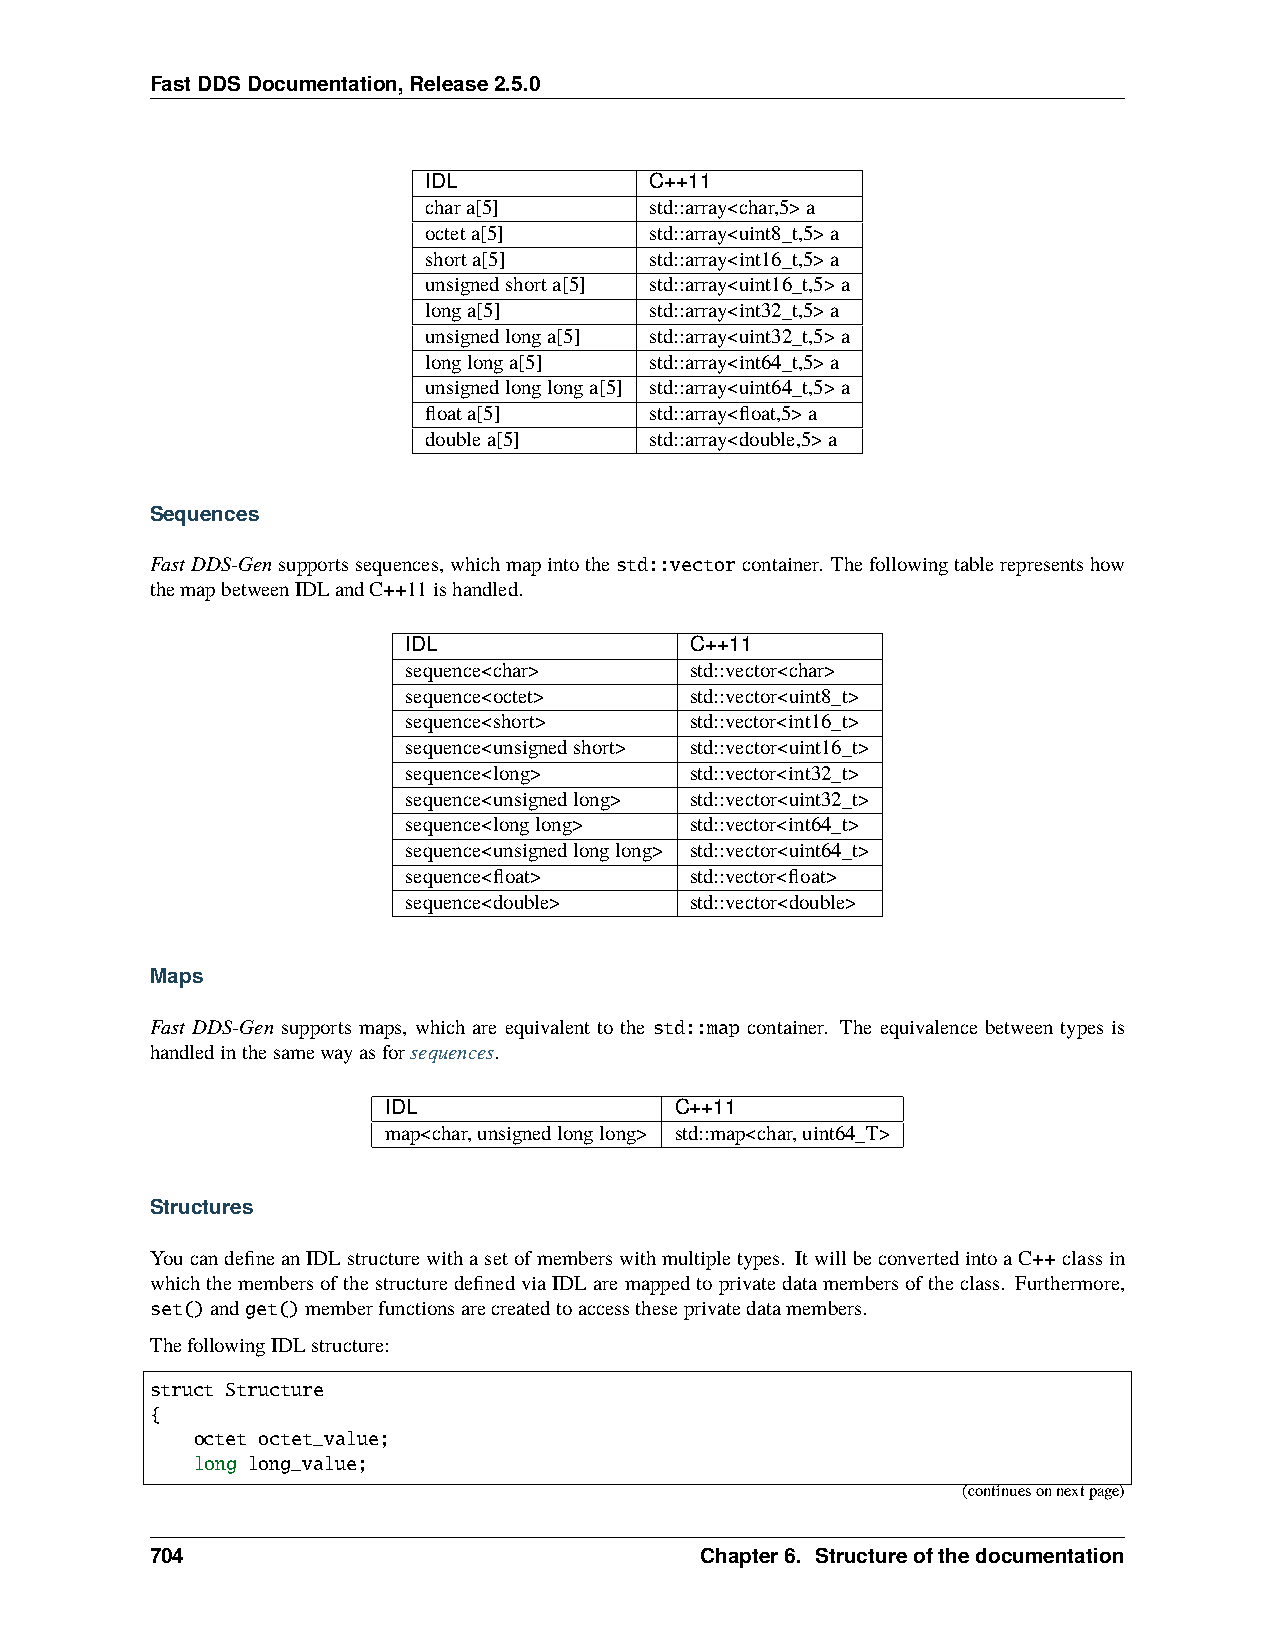
FastDDSDocumentation,Release2.5.0
 IDL            C++11
 chara[5]       std::array<char,5>a
 octeta[5]      std::array<uint8_t,5>a
 shorta[5]      std::array<int16_t,5>a
 unsignedshorta[5] std::array<uint16_t,5>a
 longa[5]       std::array<int32_t,5>a
 unsignedlonga[5] std::array<uint32_t,5>a
 longlonga[5]   std::array<int64_t,5>a
 unsignedlonglonga[5] std::array<uint64_t,5>a
 floata[5]      std::array<float,5>a
 doublea[5]     std::array<double,5>a
 Sequences
 FastDDS-Gensupportssequences,whichmapintothestd::vectorcontainer. Thefollowingtablerepresentshow
 themapbetweenIDLandC++11ishandled.
 IDL                C++11
 sequence<char>     std::vector<char>
 sequence<octet>    std::vector<uint8_t>
 sequence<short>    std::vector<int16_t>
 sequence<unsignedshort> std::vector<uint16_t>
 sequence<long>     std::vector<int32_t>
 sequence<unsignedlong> std::vector<uint32_t>
 sequence<longlong> std::vector<int64_t>
 sequence<unsignedlonglong> std::vector<uint64_t>
 sequence<float>    std::vector<float>
 sequence<double>   std::vector<double>
 Maps
 Fast DDS-Gen supports maps, which are equivalent to the std::map container. The equivalence between types is
 handledinthesamewayasforsequences.
 IDL                 C++11
 map<char,unsignedlonglong> std::map<char,uint64_T>
 Structures
 YoucandefineanIDLstructurewithasetofmemberswithmultipletypes. ItwillbeconvertedintoaC++classin
 whichthemembersofthestructuredefinedviaIDLaremappedtoprivatedatamembersoftheclass. Furthermore,
 set()andget()memberfunctionsarecreatedtoaccesstheseprivatedatamembers.
 ThefollowingIDLstructure:
 struct Structure
 {
 octet octet_value;
 long long_value;
 (continuesonnextpage)
 704                                 Chapter6. Structureofthedocumentation